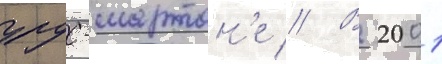
урус-мартан'е // В 2001